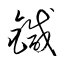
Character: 鍼